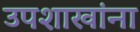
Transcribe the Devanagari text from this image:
उपशाखांना